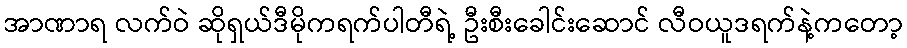
အာဏာရ လက်ဝဲ ဆိုရှယ်ဒီမိုကရက်ပါတီရဲ့ ဦးစီးခေါင်းဆောင် လီဝယူဒရက်နဲ့ကတော့